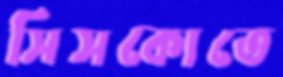
সিসকোতে